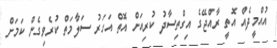
އުއްމީދެއް އޮތީ ރާއްޖޭގެ އިގްތިސާދު ކުރިއަށް އޮތް އަހަރު ސަލާމަތް ކުރެވިގެން ކަމަށް